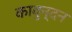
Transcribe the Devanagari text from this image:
कावुन्दन